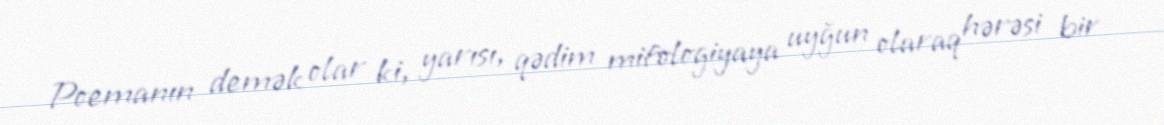
Poemanın demək olar ki, yarısı, qədim mifologiyaya uyğun olaraq hərəsi bir